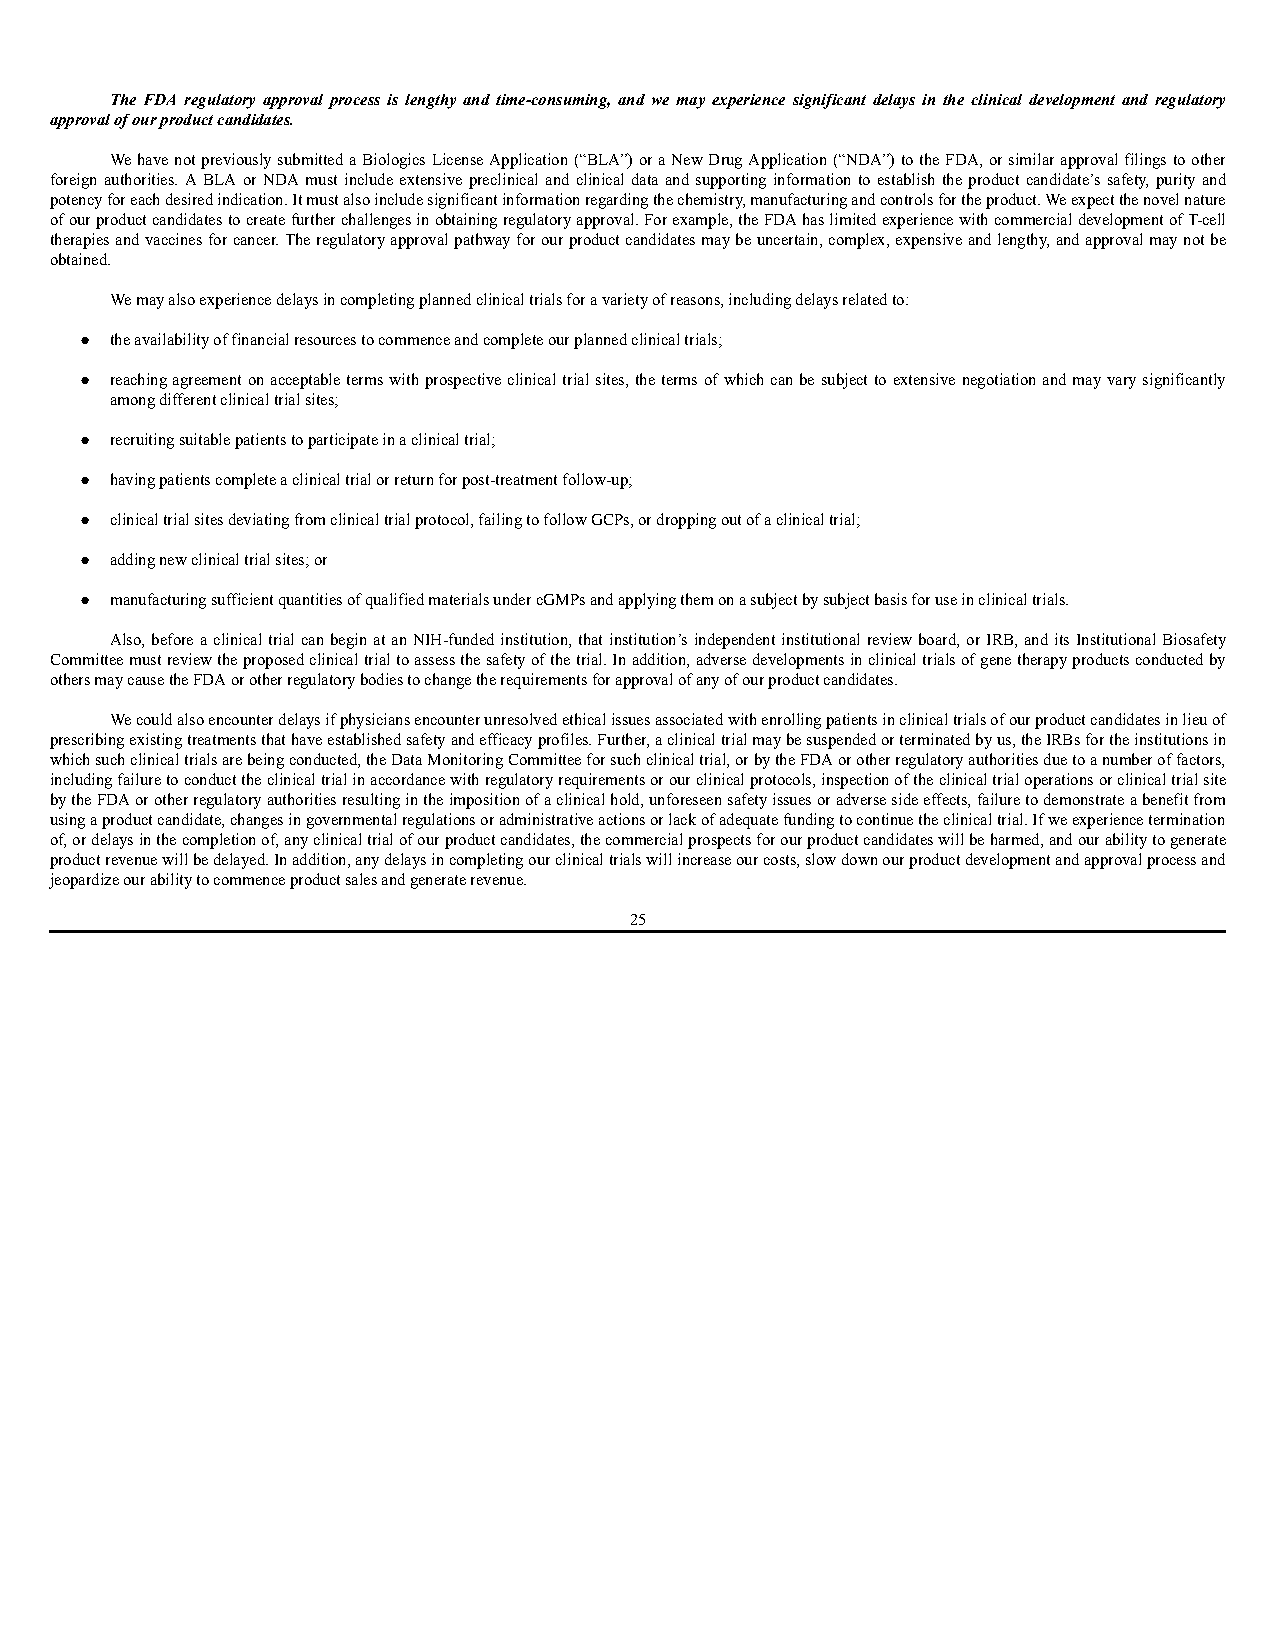
The FDA regulatory approval process is lengthy and time-consuming, and we may experience significant delays in the clinical development and regulatory
 approval of our product candidates.
 We have not previously submitted a Biologics License Application (“BLA”) or a New Drug Application (“NDA”) to the FDA, or similar approval filings to other
 foreign authorities. A BLA or NDA must include extensive preclinical and clinical data and supporting information to establish the product candidate’s safety, purity and
 potency for each desired indication. It must also include significant information regarding the chemistry, manufacturing and controls for the product. We expect the novel nature
 of our product candidates to create further challenges in obtaining regulatory approval. For example, the FDA has limited experience with commercial development of T-cell
 therapies and vaccines for cancer. The regulatory approval pathway for our product candidates may be uncertain, complex, expensive and lengthy, and approval may not be
 obtained.
 We may also experience delays in completing planned clinical trials for a variety of reasons, including delays related to:
 ● the availability of financial resources to commence and complete our planned clinical trials;
 ● reaching agreement on acceptable terms with prospective clinical trial sites, the terms of which can be subject to extensive negotiation and may vary significantly
 among different clinical trial sites;
 ● recruiting suitable patients to participate in a clinical trial;
 ● having patients complete a clinical trial or return for post-treatment follow-up;
 ● clinical trial sites deviating from clinical trial protocol, failing to follow GCPs, or dropping out of a clinical trial;
 ● adding new clinical trial sites; or
 ● manufacturing sufficient quantities of qualified materials under cGMPs and applying them on a subject by subject basis for use in clinical trials.
 Also, before a clinical trial can begin at an NIH-funded institution, that institution’s independent institutional review board, or IRB, and its Institutional Biosafety
 Committee must review the proposed clinical trial to assess the safety of the trial. In addition, adverse developments in clinical trials of gene therapy products conducted by
 others may cause the FDA or other regulatory bodies to change the requirements for approval of any of our product candidates.
 We could also encounter delays if physicians encounter unresolved ethical issues associated with enrolling patients in clinical trials of our product candidates in lieu of
 prescribing existing treatments that have established safety and efficacy profiles. Further, a clinical trial may be suspended or terminated by us, the IRBs for the institutions in
 which such clinical trials are being conducted, the Data Monitoring Committee for such clinical trial, or by the FDA or other regulatory authorities due to a number of factors,
 including failure to conduct the clinical trial in accordance with regulatory requirements or our clinical protocols, inspection of the clinical trial operations or clinical trial site
 by the FDA or other regulatory authorities resulting in the imposition of a clinical hold, unforeseen safety issues or adverse side effects, failure to demonstrate a benefit from
 using a product candidate, changes in governmental regulations or administrative actions or lack of adequate funding to continue the clinical trial. If we experience termination
 of, or delays in the completion of, any clinical trial of our product candidates, the commercial prospects for our product candidates will be harmed, and our ability to generate
 product revenue will be delayed. In addition, any delays in completing our clinical trials will increase our costs, slow down our product development and approval process and
 jeopardize our ability to commence product sales and generate revenue.
 25